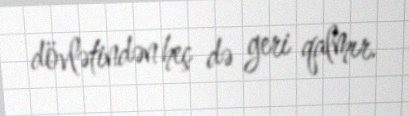
dövlətindən heç də geri qalmır.